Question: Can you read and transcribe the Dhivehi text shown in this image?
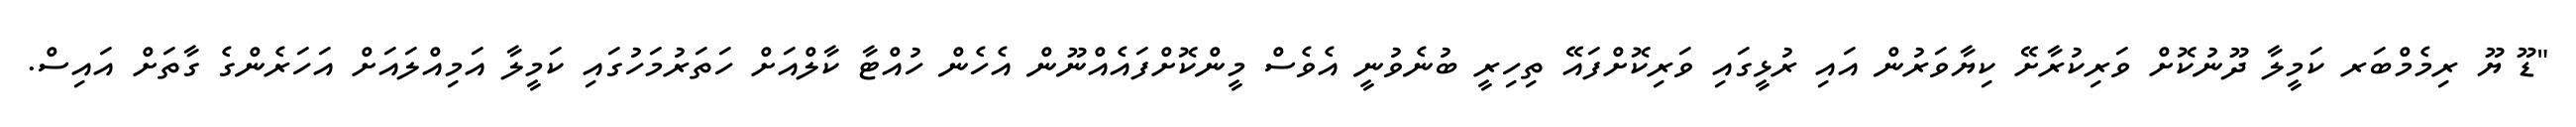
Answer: "ޑޫ ޔޫ ރިމެމްބަރ ކަމީލާ ދޫނުކޮށް ވަރިކުރާށޭ ކިޔާވަރުން އައި ރުޅީގައި ވަރިކޮށްފައޭ ތިހިރީ ބުނެވުނީ އެވެސް މީންކޮށްފައެއްނޫން އެހެން ހުއްޓާ ކާލްއަށް ހަތަރުމަހުގައި ކަމީލާ އަމިއްލައަށް އަހަރެންގެ ގާތަށް އައިސް.